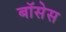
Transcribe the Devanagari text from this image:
बॉसेस